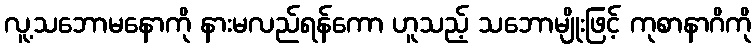
လူ့သဘောမနောကို နားမလည်ရန်ကော ဟူသည့် သဘောမျိုးဖြင့် ကုစာနာဂိကို